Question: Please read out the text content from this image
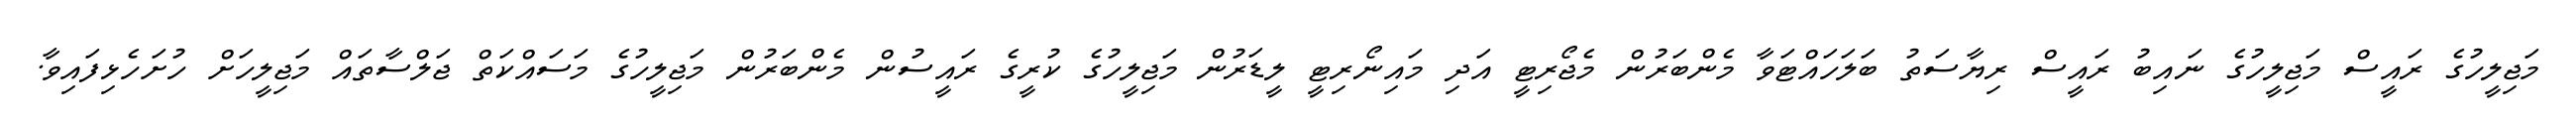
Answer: މަޖިލީހުގެ ރައީސް މަޖިލީހުގެ ނައިބު ރައީސް ރިޔާސަތު ބަލަހައްޓަވާ މެންބަރުން މެޖޯރިޓީ އަދި މައިނޯރިޓީ ލީޑަރުން މަޖިލީހުގެ ކުރީގެ ރައީސުން މެންބަރުން މަޖިލީހުގެ މަސައްކަތް ޖަލްސާތައް މަޖިލީހަށް ހުށަހެޅިފައިވާ.